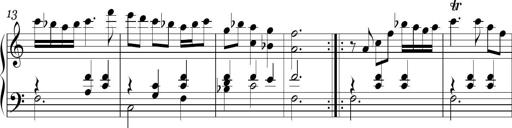
Title: Ten Piano Sonatinas
Composer: Andreas Sain